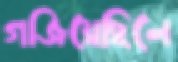
গজিয়েছিলে